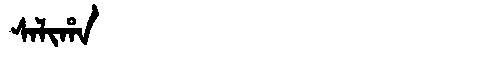
Manchu: ᠰᠠᠯᡳᡥᠠ
Romanization: SALIHA